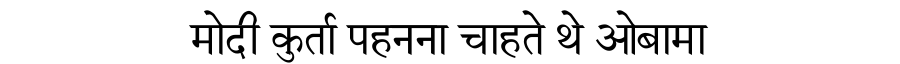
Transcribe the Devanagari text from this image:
मोदी कुर्ता पहनना चाहते थे ओबामा